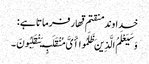
خداوند منقتم قهار فرماتا ہے :
وَسَیَعْلَمُ الَّذِینَ ظَلَمُوا أَیَّ مُنْقَلَبٍ یَنْقَلِبُونَ ۔